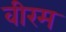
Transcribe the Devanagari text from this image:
वीरम